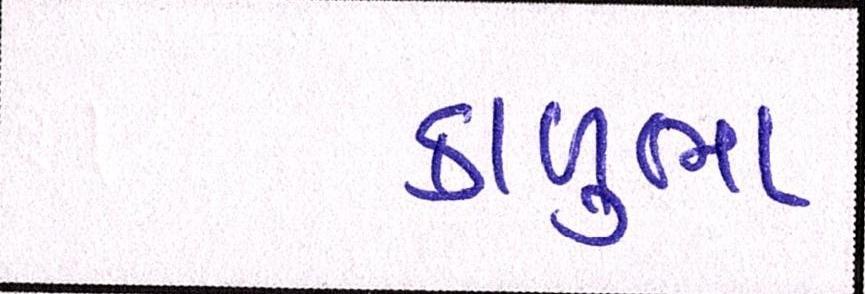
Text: કાળુભા